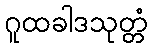
ဂူထခါဒသုတ္တံ